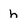
Character: h